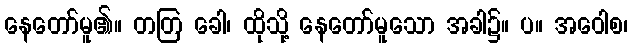
နေတော်မူ၏။ တတြ ခေါ၊ ထိုသို့ နေတော်မူသော အခါ၌။ ပ။ အဝေါစ၊